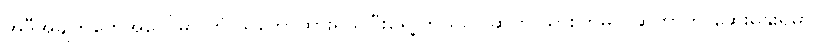
အဲဒီအချက်တွေအပေါ်မှာ ဘုံ သဘောထားရယူပြီးရှေ့ ဘယ်လို ဆက် သွားကြမလဲဆိုတာကို ဆွေးနွေးရမှာ